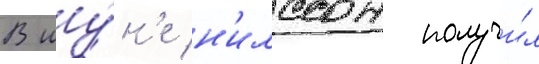
В иу́н'е н'илссон получи́л